Scientific memoirs by medical officers of the Army of India - Part V,
Year: 1890
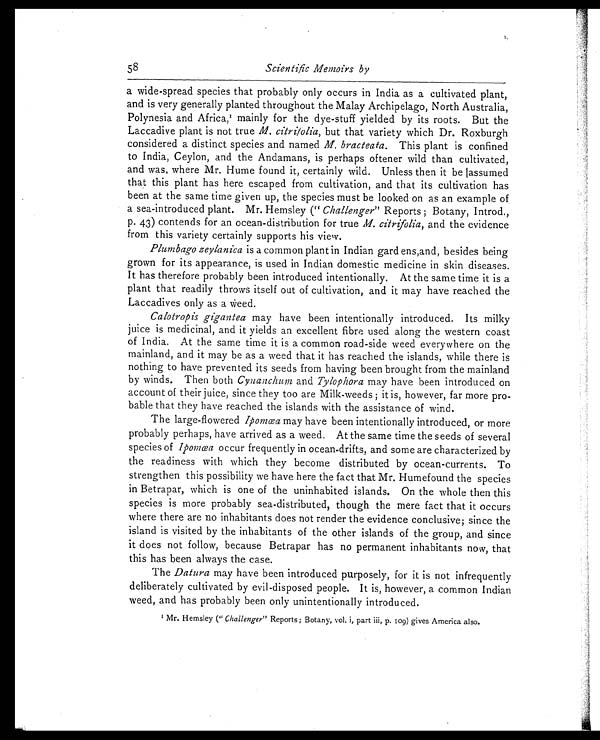
58
Scientific Memoirs by
a wide-spread species that probably only occurs in India as a cultivated plant,
and is very generally planted throughout the Malay Archipelago, North Australia,
Polynesia and Africa,1 m a i n l y f o r t h e d y e - s t u f f y i e l d e d b y i t s r o o t s . B u t t h e
Laccadive plant is not true M. citrifolia,b u t t h a t v a r i e t y w h i c h D r . R o x b u r g h
considered a distinct species and named M. bracteata. This plant is confined
to India, Ceylon, and the Andamans, is perhaps oftener wild than cultivated,
and was, where Mr. Hume found it, certainly wild. Unless then it be assumed
that this plant has here escaped from cultivation, and that its cultivation has
been at the same time given up, the species must be looked on as an example of
a sea-introduced plant. Mr. Hemsley (" Challenger" Reports; Botany, Introd.,
p. 43) contends for an ocean-distribution for true M. citrifolia, and the evidence
from this variety certainly supports his view.
Plumbago zeylanica is a common plant in Indian Bard ens,and, besides being
grown for its appearance, is used in Indian domestic medicine in skin diseases.
It has therefore probably been introduced intentionally. At the same time it is a
plant that readily throws itself out of cultivation, and it may have reached the
Laccadives only as a weed.
Calotropis gigantea may have been intentionally introduced. Its milky
juice is medicinal, and it yields an excellent fibre used along the western coast
of India. At the same time it is a common road-side weed everywhere on the
mainland, and it may be as a weed that it has reached the islands, while there is
nothing to have prevented its seeds from having been brought from the mainland
by winds. Then both Cynanchum and Tylophora may have been introduced on
account of their juice, since they too are Milk-weeds; it is, however, far more pro
-bable that they have reached the islands with the assistance of wind.
The large-flowered Ipomœa may have been intentionally introduced, or more
probably perhaps, have arrived as a weed. At the same time the seeds of several
species of Ipomœa occur frequently in ocean-drifts, and some are characterized by
the readiness with which they become distributed by ocean-currents. To
strengthen this possibility we have here the fact that Mr. Humefound the species
in Betrapar, which is one of the uninhabited islands. On the whole then this
species is more probably sea-distributed, though the mere fact that it occurs
where there are no inhabitants does not render the evidence conclusive; since the
island is visited by the inhabitants of the other islands of the group, and since
it does not follow, because Betrapar has no permanent inhabitants now, that
this has been always the case.
The Datura may have been introduced purposely, for it is not infrequently
deliberately cultivated by evil-disposed people. It is, however, a common Indian
weed, and has probably been only unintentionally introduced.
1 Mr. Hemsley ("Challenger" Reports; Botany, vol. i, part iii, p. 109) gives America also.